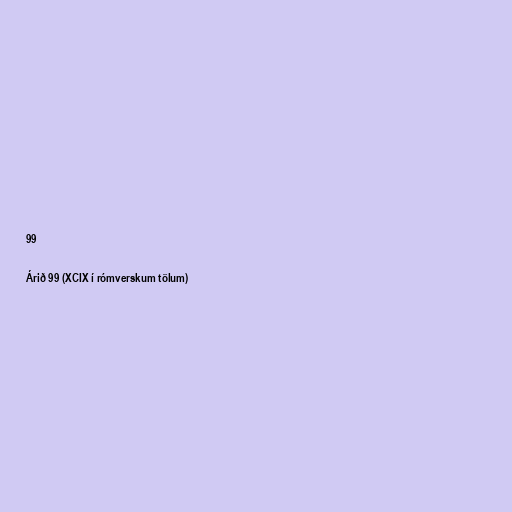
99

Árið 99 (XCIX í rómverskum tölum)